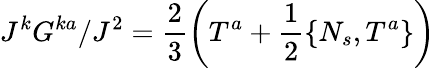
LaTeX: J^{k}G^{ka}/J^{2}=\frac 23\left(T^{a}+\frac 12\{ N_{s},T^{a}\} \right)